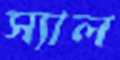
স্যাল